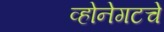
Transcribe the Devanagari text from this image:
व्होनेगटचे